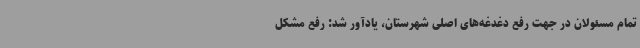
تمام مسئولان در جهت رفع دغدغه‌های اصلی شهرستان، یادآور شد: رفع مشکل